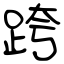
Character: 跨